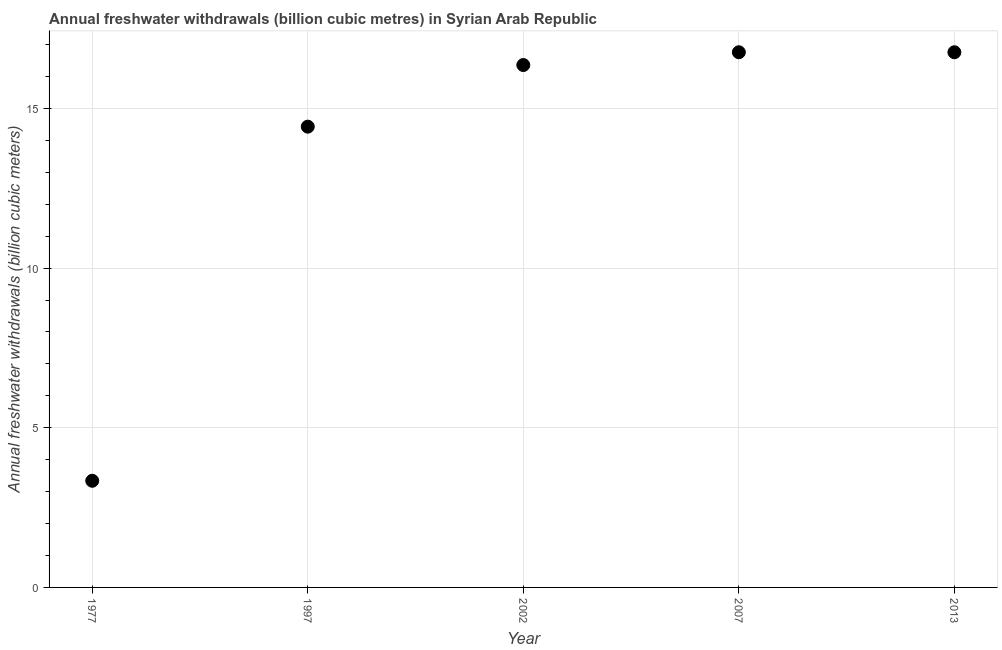
| Year | Annual freshwater withdrawals |
 | --- | --- |
 | 1977 | 3.34 |
 | 1997 | 14.4 |
 | 2002 | 16.4 |
 | 2007 | 16.8 |
 | 2013 | 16.8 |